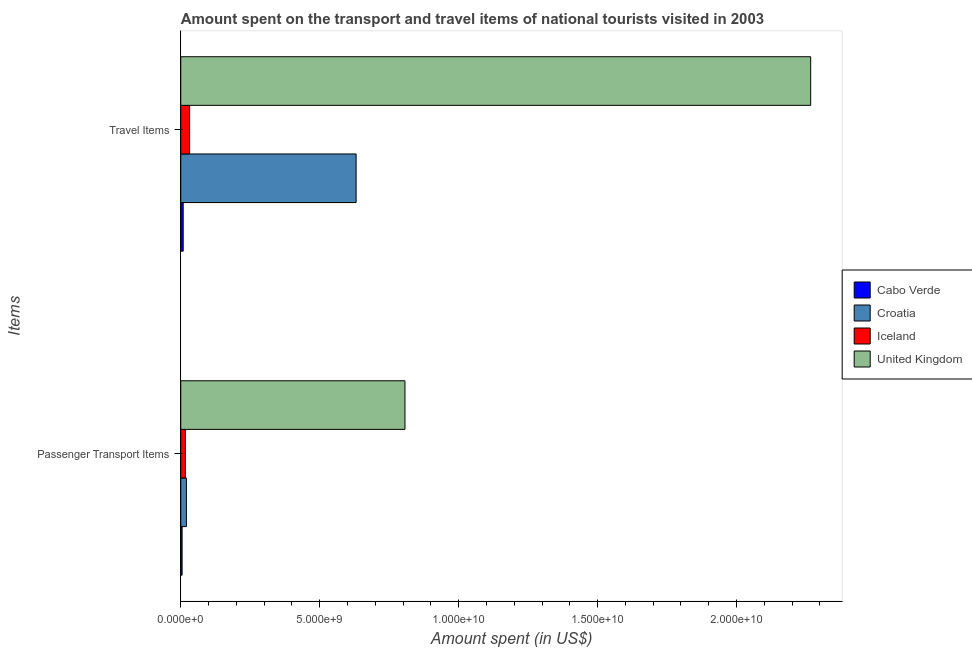
| Items | Cabo Verde | Croatia | Iceland | United Kingdom |
 | --- | --- | --- | --- | --- |
 | Passenger Transport Items | 4.8e+07 | 2.03e+08 | 1.67e+08 | 8.07e+09 |
 | Travel Items | 8.7e+07 | 6.31e+09 | 3.19e+08 | 2.27e+10 |